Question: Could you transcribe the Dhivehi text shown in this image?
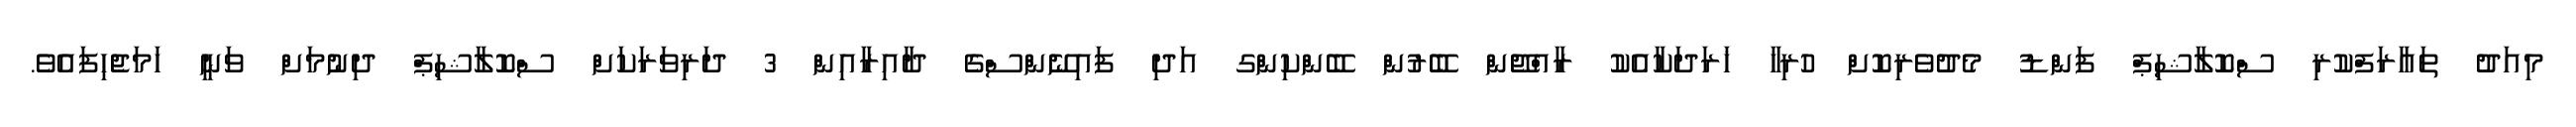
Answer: މިއަދު ތައާރަފްކުރި ސްކޮލާޝިޕް ފަންޑު މެދުވެރިކޮށް ހުރިހާ ޚަރަދަކާއެކު ރާއްޖޭން ބޭރުން ބޭންކިންގ އަދި ފައިނޭންސްގެ ދާއިރާއިން 3 ދަރިވަރަކަށް ސްކޮލާޝިޕް ދިނުމަށް ވަނީ ހަމަޖެހިފައެވެ.